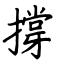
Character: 撐